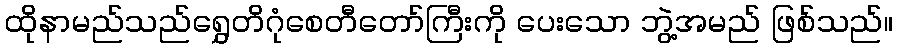
ထိုနာမည်သည်ရွှေတိဂုံစေတီတော်ကြီးကို ပေးသော ဘွဲ့အမည် ဖြစ်သည်။